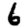
Digit: 6